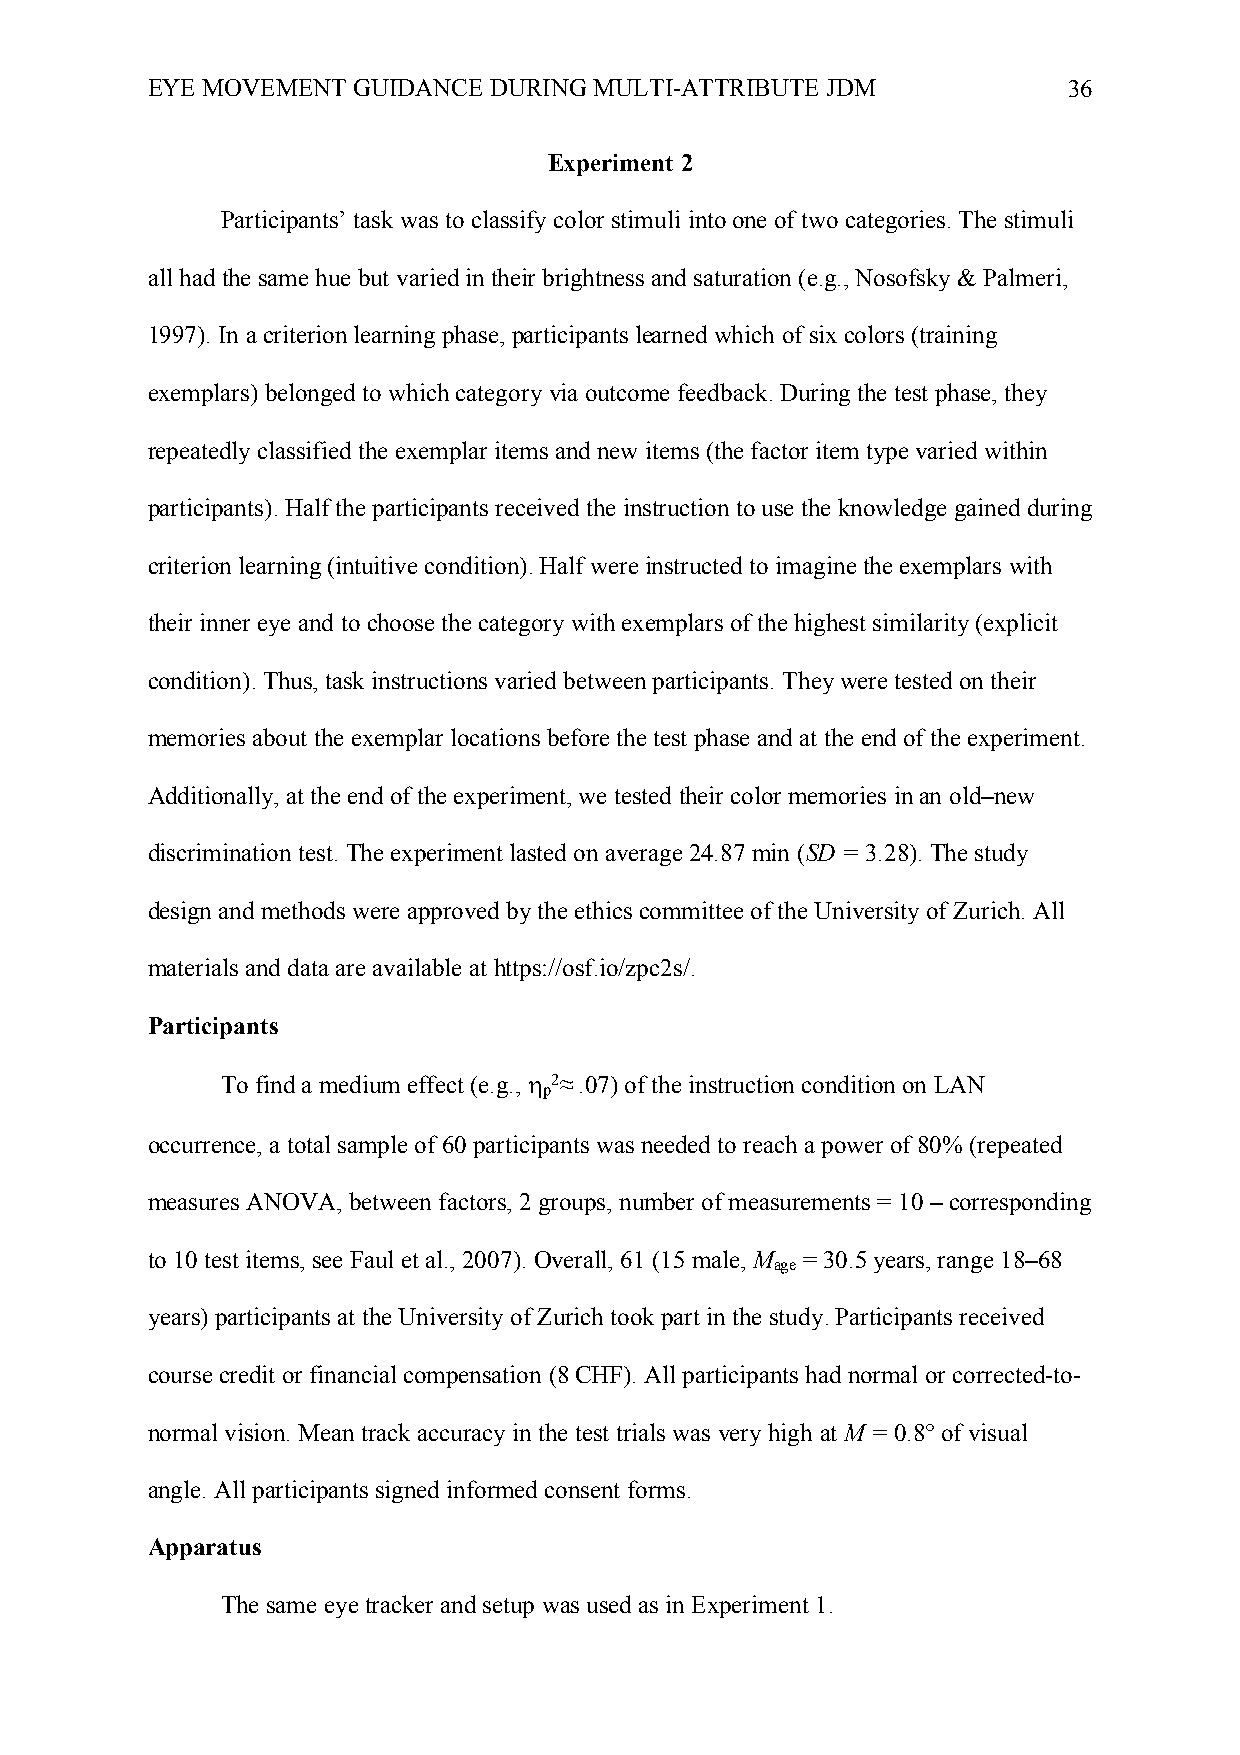
EYE MOVEMENT GUIDANCE DURING MULTI-ATTRIBUTE JDM             36
 Experiment 2
 Participants’ task was to classify color stimuli into one of two categories. The stimuli
 all had the same hue but varied in their brightness and saturation (e.g., Nosofsky & Palmeri,
 1997). In a criterion learning phase, participants learned which of six colors (training
 exemplars) belonged to which category via outcome feedback. During the test phase, they
 repeatedly classified the exemplar items and new items (the factor item type varied within
 participants). Half the participants received the instruction to use the knowledge gained during
 criterion learning (intuitive condition). Half were instructed to imagine the exemplars with
 their inner eye and to choose the category with exemplars of the highest similarity (explicit
 condition). Thus, task instructions varied between participants. They were tested on their
 memories about the exemplar locations before the test phase and at the end of the experiment.
 Additionally, at the end of the experiment, we tested their color memories in an old–new
 discrimination test. The experiment lasted on average 24.87 min (SD = 3.28). The study
 design and methods were approved by the ethics committee of the University of Zurich. All
 materials and data are available at https://osf.io/zpc2s/.
 Participants
 To find a medium effect (e.g., h 2≈ .07) of the instruction condition on LAN
 p
 occurrence, a total sample of 60 participants was needed to reach a power of 80% (repeated
 measures ANOVA, between factors, 2 groups, number of measurements = 10 – corresponding
 to 10 test items, see Faul et al., 2007). Overall, 61 (15 male, M = 30.5 years, range 18–68
 age
 years) participants at the University of Zurich took part in the study. Participants received
 course credit or financial compensation (8 CHF). All participants had normal or corrected-to-
 normal vision. Mean track accuracy in the test trials was very high at M = 0.8° of visual
 angle. All participants signed informed consent forms.
 Apparatus
 The same eye tracker and setup was used as in Experiment 1.